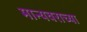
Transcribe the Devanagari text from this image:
मान्यवराच्या